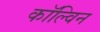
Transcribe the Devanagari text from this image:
काॅल्विन